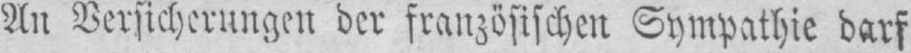
An Versicherungen der französischen Sympathie darf